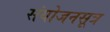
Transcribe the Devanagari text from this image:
संयोजनसूत्र